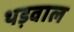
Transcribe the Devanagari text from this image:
थड़वाल